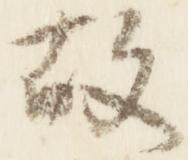
故